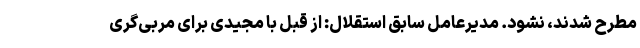
مطرح شدند، نشود. مدیرعامل سابق استقلال: از قبل با مجیدی برای مربی‌گری